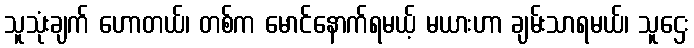
သူသုံးချက် ဟောတယ်၊ တစ်က မောင်နောက်ရမယ့် မယားဟာ ချမ်းသာရမယ်၊ သူဌေး